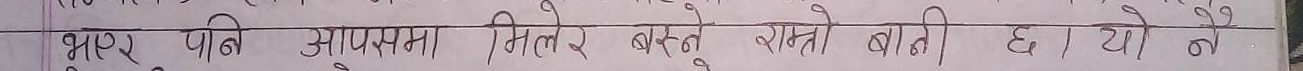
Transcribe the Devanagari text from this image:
भएर पनि आपसमा मिलेर बस्ने राम्रो बानी छ । यो छै